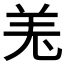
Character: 𦍑